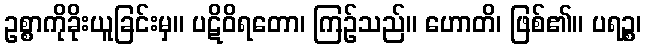
ဥစ္စာကိုခိုးယူခြင်းမှ။ ပဋိဝိရတော၊ ကြဉ်သည်။ ဟောတိ၊ ဖြစ်၏။ ပရဉ္စ၊